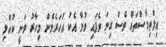
އިލްތިމާސްތައް ވެސް ގިނަ ވެފައި ވުމާ އެކު އަހަރެމެން މިހާރު ވަނީ ކުއްލި